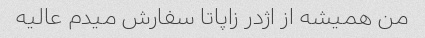
من همیشه از اژدر زاپاتا سفارش میدم عالیه